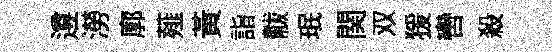
遵澇廓薤黄詣黻珉関双猨轡殺